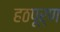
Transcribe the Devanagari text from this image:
हठपूर्ण